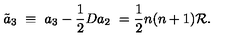
\tilde { a } _ { 3 } \ \equiv \ a _ { 3 } - { \frac { 1 } { 2 } } D a _ { 2 } \ = \frac { 1 } { 2 } n ( n + 1 ) { \cal R } .